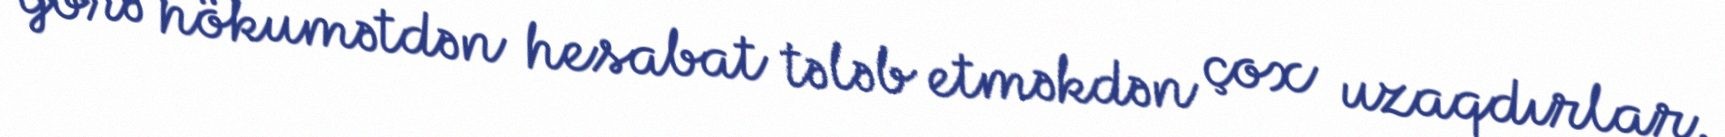
görə hökumətdən hesabat tələb etməkdən çox uzaqdırlar.